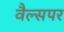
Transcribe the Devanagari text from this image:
वैल्सपर